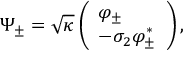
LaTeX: \Psi _ { \pm } = \sqrt { \kappa } \left( \begin{array} { l } { { \varphi _ { \pm } } } \\ { { - \sigma _ { 2 } \varphi _ { \pm } ^ { \ast } } } \end{array} \right) ,